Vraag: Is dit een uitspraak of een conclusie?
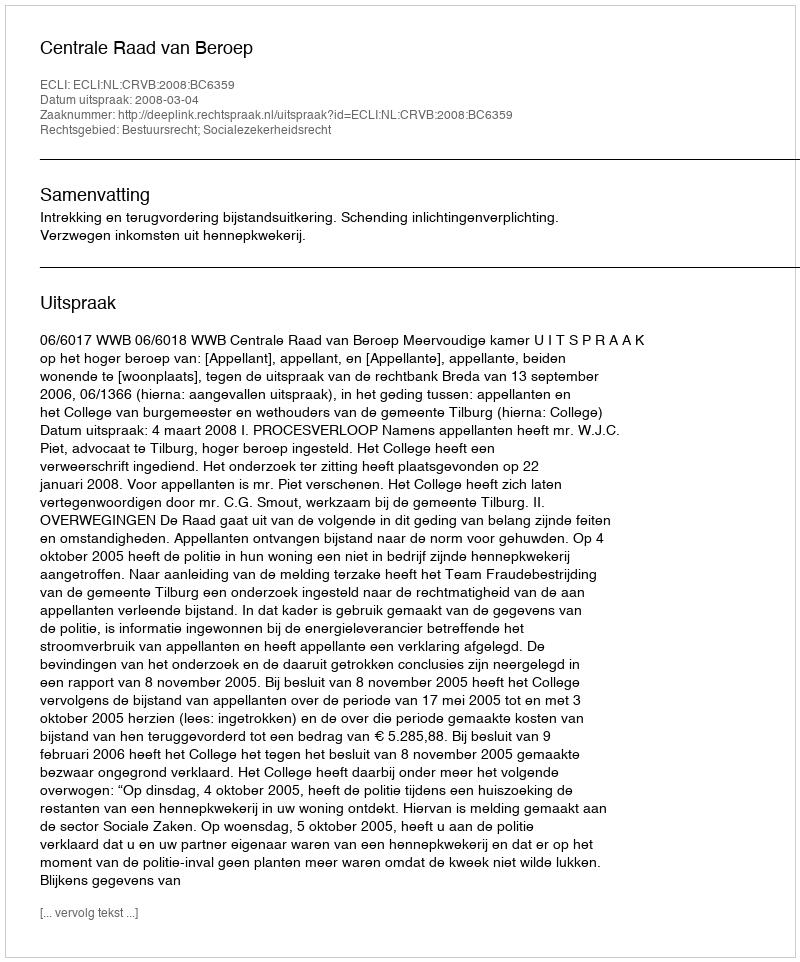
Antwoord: Uitspraak